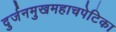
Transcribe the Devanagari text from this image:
दुर्जनमुखमहाचपेटिका